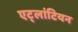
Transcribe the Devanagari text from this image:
एट्लांटियन